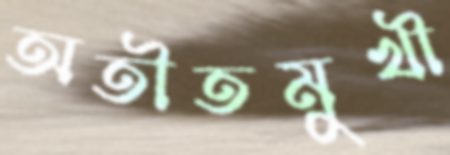
অতীতমুখী